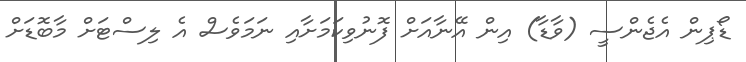
ޑޯޕިން އެޖެންސީ (ވާޑާ) އިން އޭނާއަށް ފޮނުވިކަމަށާއި ނަމަވެސް އެ ލިސްޓަށް މާބޮޑަށް